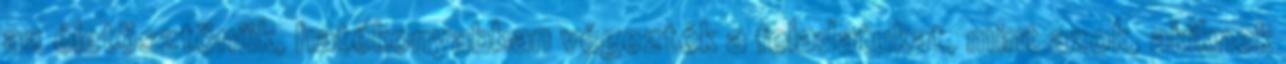
az életösztönük, hatékonyabban végezték a feladatukat, mint azok, akiknek